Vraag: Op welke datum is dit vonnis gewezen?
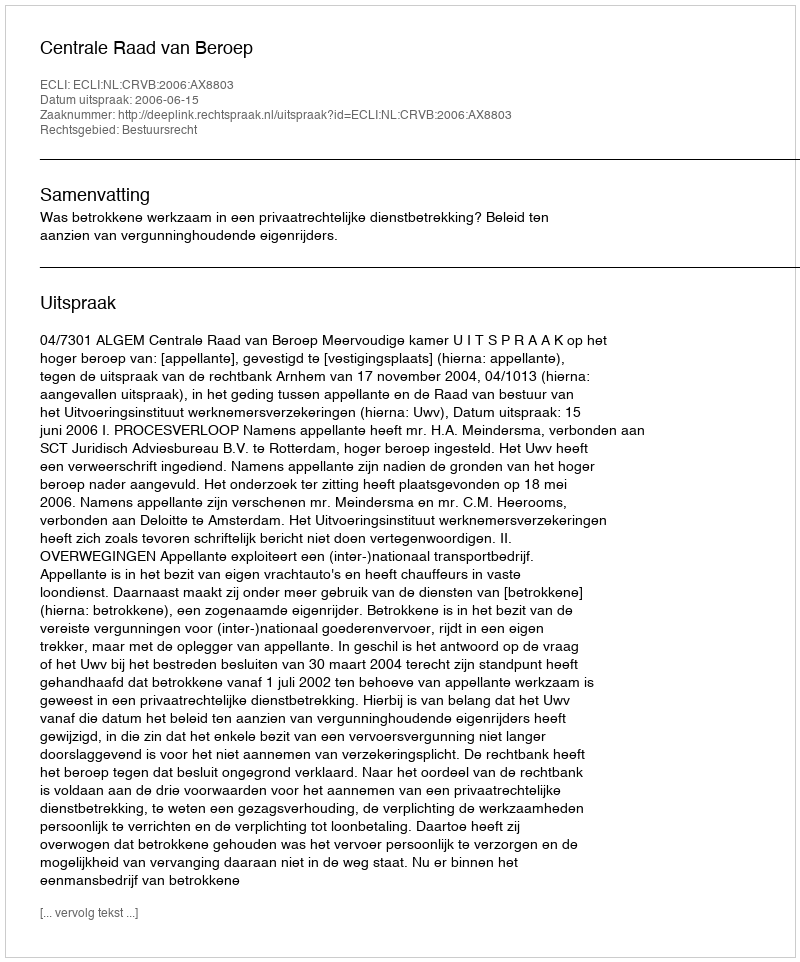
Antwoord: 2006-06-15